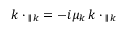
\v { k } \cdot \v { S } _ { \parallel \v { k } } = - i \mu _ { k } \, \v { k k } \cdot \v { j } _ { \parallel \v { k } }